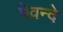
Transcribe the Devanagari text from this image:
पेवन्दे